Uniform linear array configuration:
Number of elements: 16
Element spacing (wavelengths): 1
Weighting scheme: hann
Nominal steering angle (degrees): -60
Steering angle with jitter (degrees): -61.868
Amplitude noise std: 0.05
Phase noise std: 0.05

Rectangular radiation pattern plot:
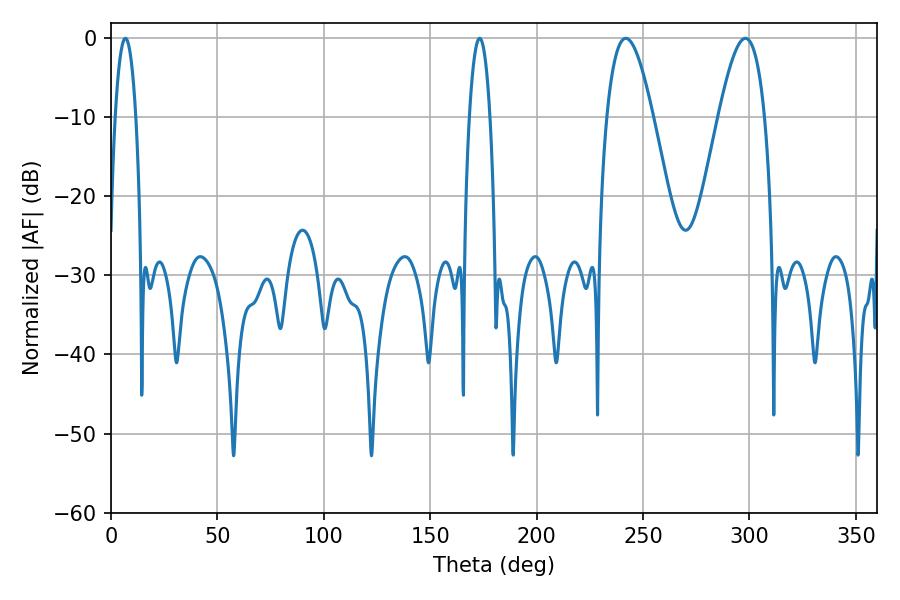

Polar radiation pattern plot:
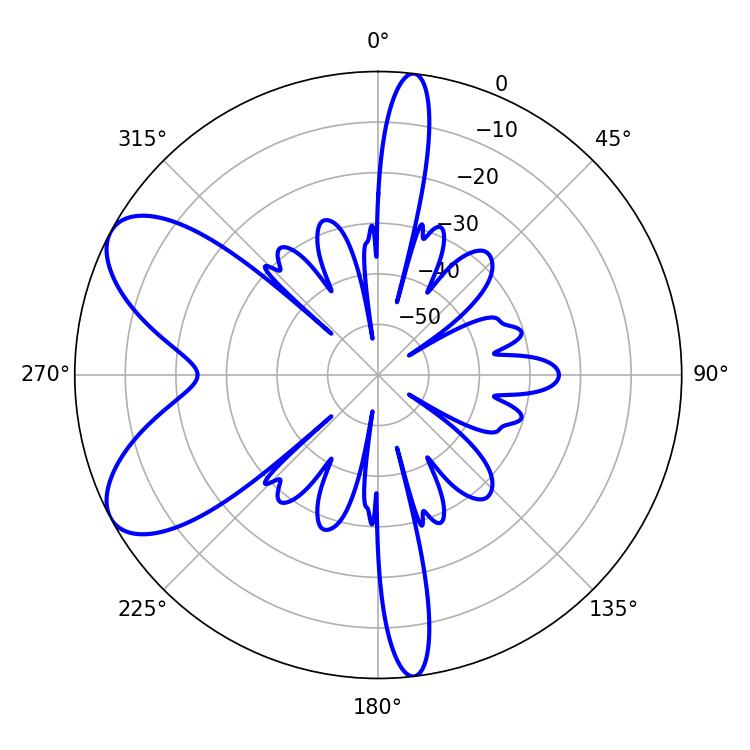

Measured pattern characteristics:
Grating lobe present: TRUE
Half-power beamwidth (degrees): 11.88
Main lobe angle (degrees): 241.92